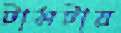
টামটায়